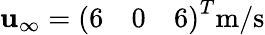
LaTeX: \mathbf{u}_{\infty}={\left(\begin{array}{lll}{6}&{0}&{6}\end{array}\right)}^{T}{\mathrm{m/s}}